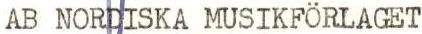
AB NORDISKA MUSIKFÖRLAGET